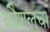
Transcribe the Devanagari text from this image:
कौशलचा